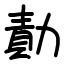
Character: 勣